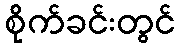
စိုက်ခင်းတွင်